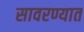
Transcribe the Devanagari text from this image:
सावरण्यात